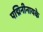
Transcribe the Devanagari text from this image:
पद्मिनीनायके